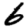
Digit: 6